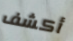
أكشف